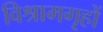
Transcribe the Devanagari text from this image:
विश्रामगृहों